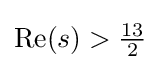
{\textstyle \operatorname {Re} (s)>{\frac {13}{2}}}